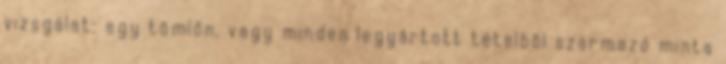
vizsgálat: egy tömlõn, vagy minden legyártott tételbõl származó minta